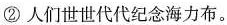
②人们世世代代纪念海力布。